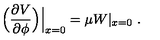
\Big ( { \frac { \partial V } { \partial \phi } } \Big ) \Big | _ { x = 0 } = \mu W | _ { x = 0 } \ .